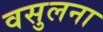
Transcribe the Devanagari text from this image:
वसुलना